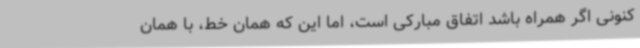
کنونی اگر همراه باشد اتفاق مبارکی است، اما این که همان خط، با همان